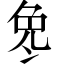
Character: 𫥎